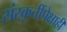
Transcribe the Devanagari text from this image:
संस्कृतींपेक्षाही